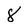
Character: 8